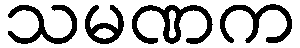
သမဏက